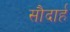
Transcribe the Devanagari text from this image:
सौदार्ह